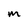
Character: M